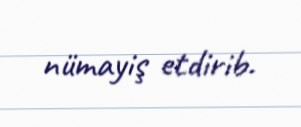
nümayiş etdirib.